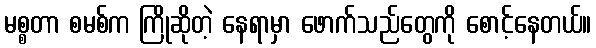
မစ္စတာ စမစ်က ကြိုဆိုတဲ့ နေရာမှာ ဖောက်သည်တွေကို စောင့်နေတယ်။